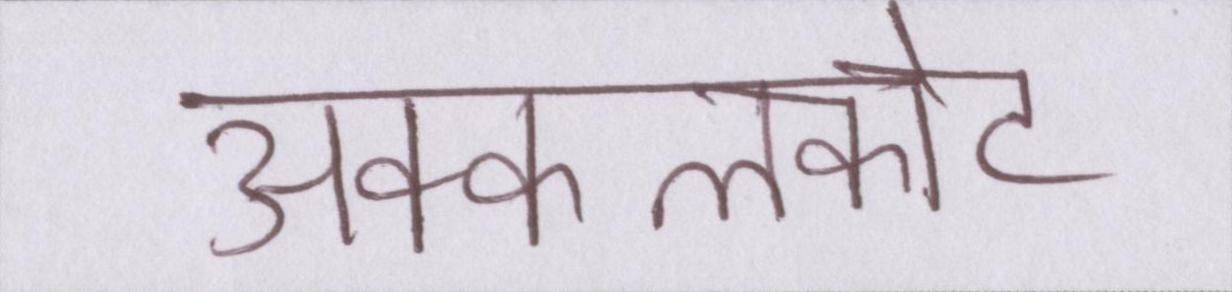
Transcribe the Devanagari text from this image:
अक्कलकोट